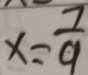
x = \frac { 7 } { 9 }